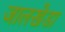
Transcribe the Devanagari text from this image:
जालखेडा